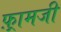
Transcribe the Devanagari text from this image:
फ़्रामजी